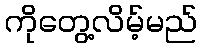
ကိုတွေ့လိမ့်မည်